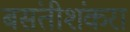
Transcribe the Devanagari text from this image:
बसंतीशंकरा